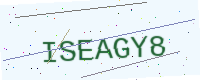
Text: ISEAGY8